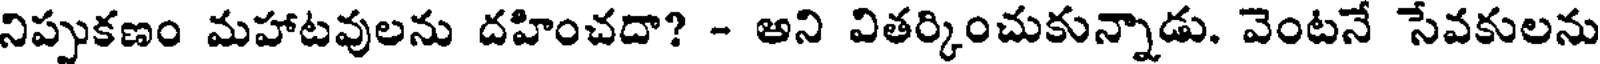
నిప్పుకణం మహాటవులను దహించదా? - అని వితర్కించుకున్నాడు. వెంటనే సేవకులను